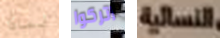
لماذا اتركوا النسائية